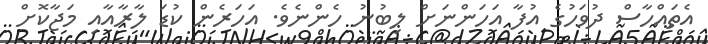
އެތައްހާސް ދުވަހުގެ އުފާ އަހަންނަށް ލިބުނު ހެންނެވެ. އަހަރެން ކުޑަ ލާރާއާއި މަޖާކޮށް